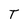
Character: T